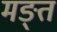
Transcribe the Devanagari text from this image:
मङ्त